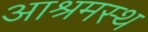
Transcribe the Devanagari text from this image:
आश्रमस्थ